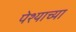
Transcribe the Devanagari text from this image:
पेश्याच्या